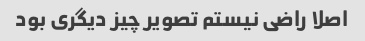
اصلا راضی نیستم تصویر چیز دیگری بود